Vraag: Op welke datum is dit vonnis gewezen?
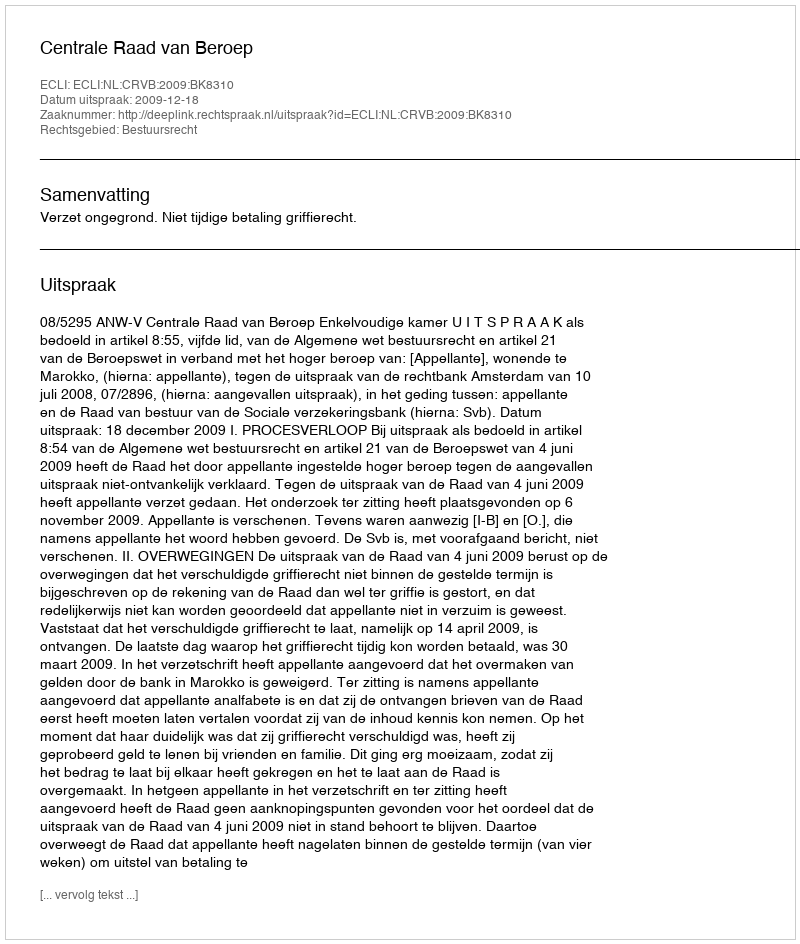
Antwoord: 2009-12-18